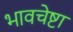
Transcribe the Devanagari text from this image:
भावचेष्टा